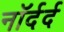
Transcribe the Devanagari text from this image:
नॉर्दर्द